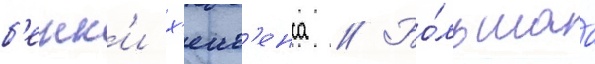
б'енн'и х'еив'енса // Бо́льшаа